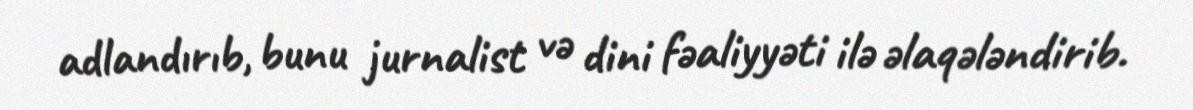
adlandırıb, bunu jurnalist və dini fəaliyyəti ilə əlaqələndirib.